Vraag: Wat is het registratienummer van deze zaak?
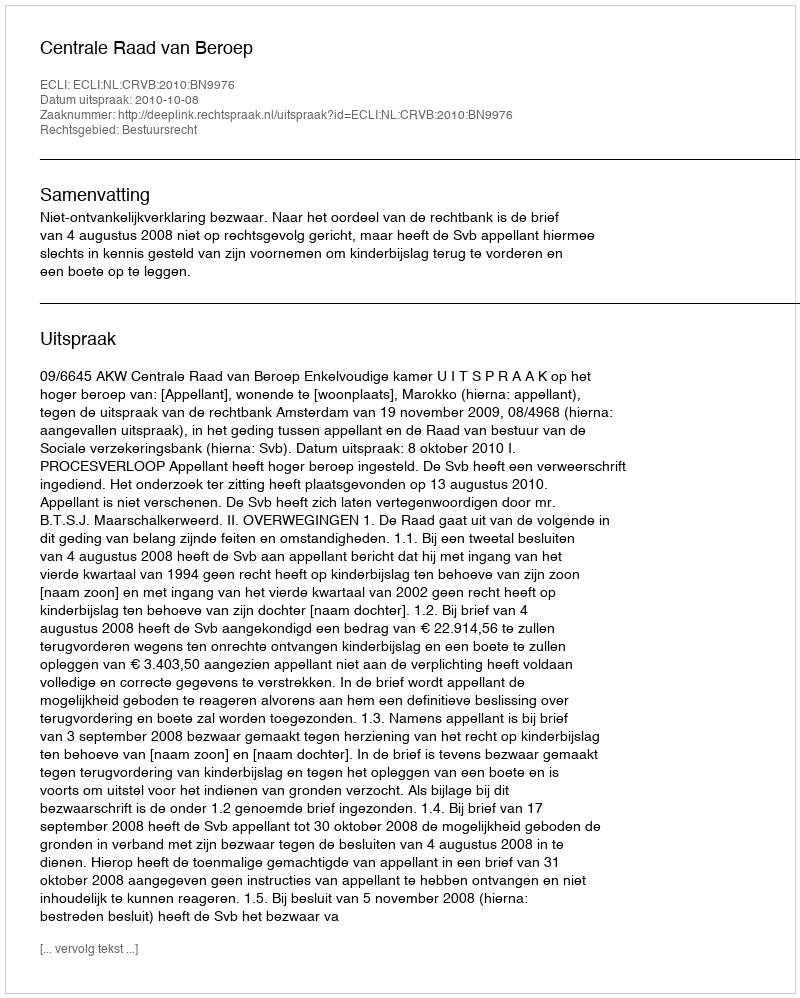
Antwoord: http://deeplink.rechtspraak.nl/uitspraak?id=ECLI:NL:CRVB:2010:BN9976